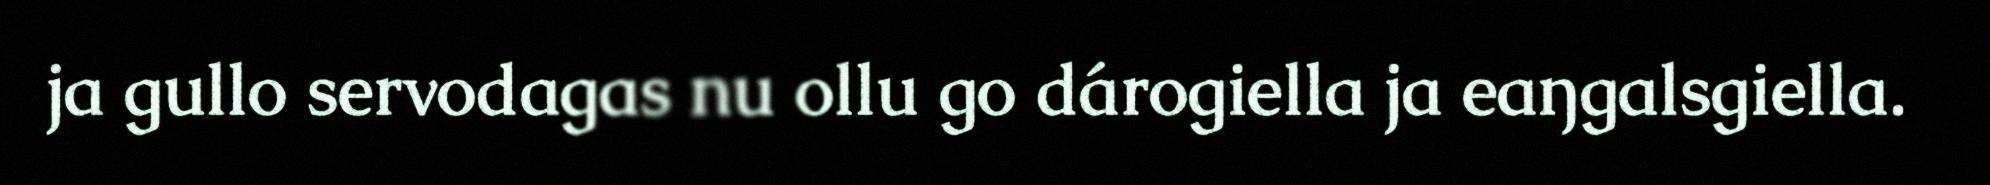
ja gullo servodagas nu ollu go dárogiella ja eaŋgalsgiella.